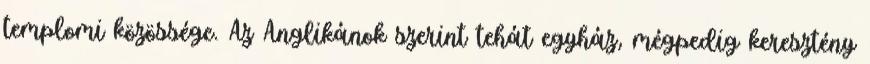
templomi közössége. Az Anglikánok szerint tehát egyház, mégpedig keresztény